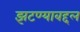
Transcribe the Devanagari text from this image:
झटण्याबद्दल